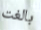
بالغت